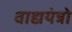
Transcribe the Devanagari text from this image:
वाद्ययंत्रो